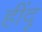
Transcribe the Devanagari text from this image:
हींदू